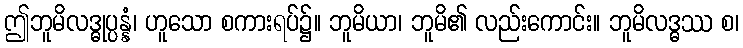
ဤဘူမိလဒ္ဓုပ္ပန္နံ၊ ဟူသော စကားရပ်၌။ ဘူမိယာ၊ ဘူမိ၏ လည်းကောင်း။ ဘူမိလဒ္ဓဿ စ၊